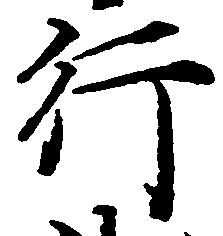
行